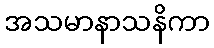
အသမာနာသနိကာ